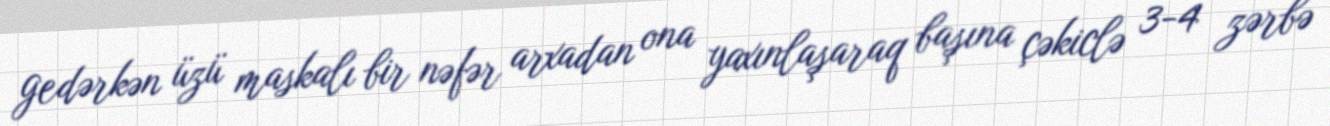
gedərkən üzü maskalı bir nəfər arxadan ona yaxınlaşaraq başına çəkiclə 3-4 zərbə